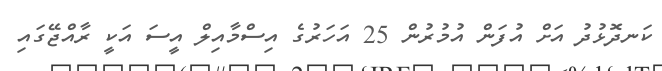
ކަނދޮޅުދު އަށް އުފަން އުމުރުން 25 އަހަރުގެ އިސްމާއިލް އީސަ އަކީ ރާއްޖޭގައި